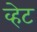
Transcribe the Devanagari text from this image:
व्हेट